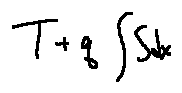
T + q \int S d x